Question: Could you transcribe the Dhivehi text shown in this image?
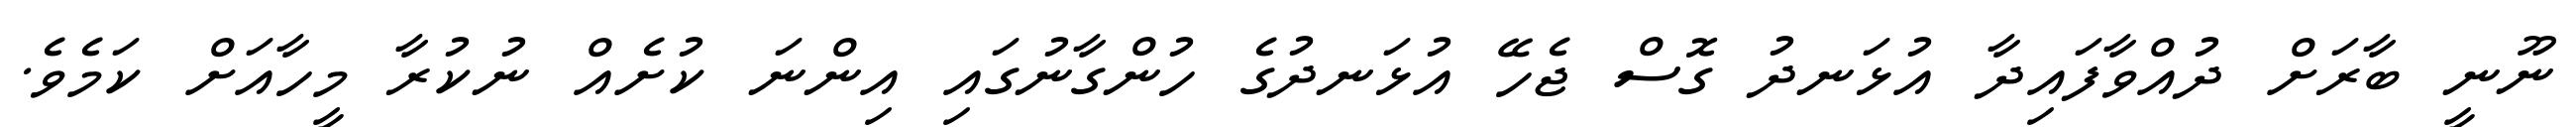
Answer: ނޫނީ ބާރަށް ދުއްވާފައިދާ އުޅަނދު ގޮސް ޖެހޭ އުޅަނދުގެ ހުންގާނުގައި އިންނަ ކުށެއް ނުކުރާ މީހާއަށް ކަމެވެ.